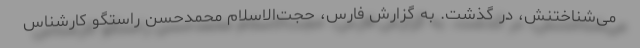
می‌شناختنش، در گذشت. به گزارش فارس، حجت‌الاسلام محمدحسن راستگو کارشناس